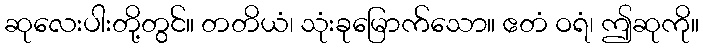
ဆုလေးပါးတို့တွင်။ တတိယံ၊ သုံးခုမြောက်သော။ ဧတံ ဝရံ၊ ဤဆုကို။